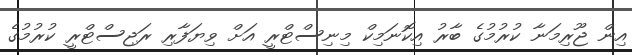
އިން ޖޫރިމަނާ ކުުރުމުގެ ބާރު އިކޮނަމިކް މިނިސްޓްރީ އަށް ވިޔަފާރި ރަޖިސްޓްރީ ކުރުމުގެ